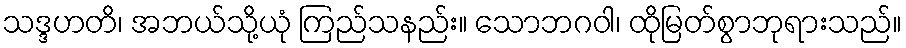
သဒ္ဒဟတိ၊ အဘယ်သို့ယုံ ကြည်သနည်း။ သောဘဂဝါ၊ ထိုမြတ်စွာဘုရားသည်။